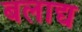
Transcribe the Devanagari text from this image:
बलाद्य